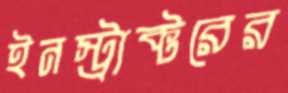
ইনস্ট্রাক্টরের